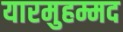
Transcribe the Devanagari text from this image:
यारमुहम्मद